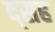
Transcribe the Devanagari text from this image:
द्सह